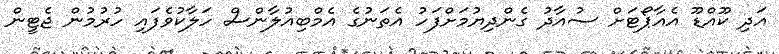
އަދި ކޫއްޑޫ އެއާޕޯޓަށް ސުއާދު ގެންދިޔުމަށްފަހު އެތަނުގެ އެމްބިއުލާންސް ހަލާކުވެފައި ހުރުމުން ޖެޓީން